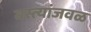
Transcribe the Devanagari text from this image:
वस्त्यांजवळ